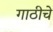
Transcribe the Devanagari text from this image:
गाठीचे